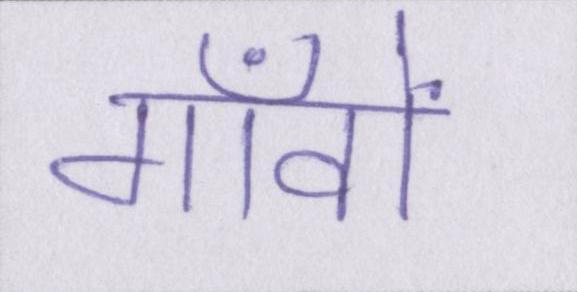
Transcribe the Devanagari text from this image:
गाँवों